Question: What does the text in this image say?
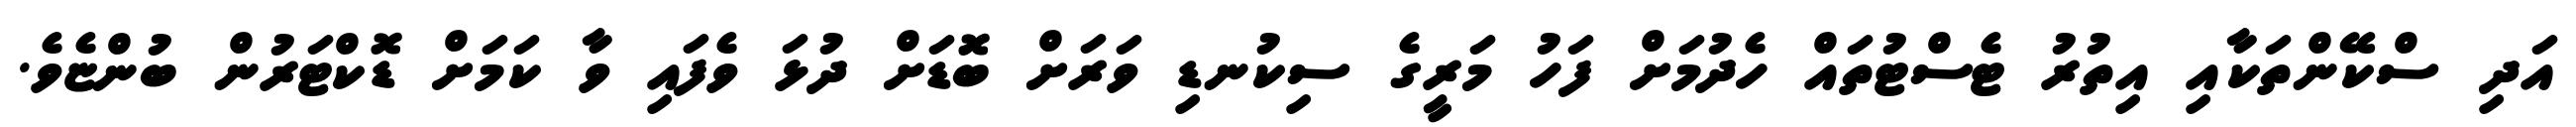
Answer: އަދި ސްކޭންތަކާއި އިތުރު ޓެސްޓުތައް ހެދުމަށް ފަހު މަރީގެ ސިކުނޑި ވަރަށް ބޮޑަށް ދުޅަ ވެފައި ވާ ކަމަށް ޑޮކްޓަރުން ބުންޏެވެ.